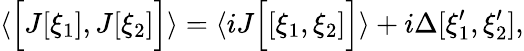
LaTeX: \left\langle\Bigl[J[\xi_{1}],J[\xi_{2}]\Bigr]\right\rangle=\left\langle iJ\Bigl[[\xi_{1},\xi_{2}]\Bigr]\right\rangle+i\Delta[\xi_{1}^{\prime},\xi_{2}^{\prime}],